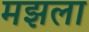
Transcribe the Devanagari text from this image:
मझला